Dysentery and liver abscess in Bombay - Number 47
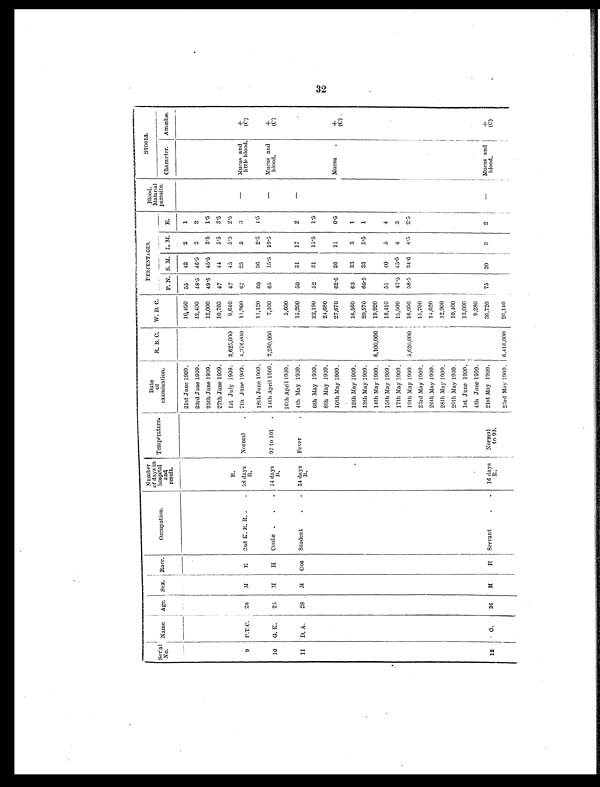
Serial' No . Name. Age. Sex. Race.
Occupation.
Number
of days in
hospital
and
result.
Temperature.
Date
of
examination.
R. B. C. W. B. C.
_
PERCENTAGES.
Blood.
Malarial
parasite.
5100L9.
P. N. S. M.
L. M.
____
E.
Character. Amœbæ
21st June 1909.
10,400 55
42
2
1
23rd June 1909.
12,400 48.5 46.5 3
2
25th June 1909.
12,000 49.5 45.5 3.5 1.5
27th June 1909.
10,760 47
44
5.5 3.5
R.
1st July 1909. 3,625,000
9,640 47
45
5.5 2.5
9 P.T.C. 26
M
E 2nd K. E. B.
58 days Normal
7th June 1909. 4,376,000
11,900 97
25
5
3
—
Mucus and
little blood.
+
(C)
18th June 1009.
11,120
60 36
2.5
1.5
10 G. K.
25
M
H Coolie
11 days
R.
97 to 101
14th April 1909. 3,280,000
7,100 65
15.5 19.5
—
Mucus and
blood.
+
(C)
16th April 1909.
5,600
11 D.A.
28
M Goa Student
34 days
R.
Fever
4th May 1909.
15,200 50
31
17
2
—
6th May 1909.
22,190 52
31
15.5 1.5
8th May 1909.
24,680
10th May 1909.
27,670 62.'5 26
11
0.5
Mucus
+
(C)
12th May 1909.
16,560 63
33
3
1
13th May 1909.
20,570 60.5 33
5.5 1
14th May 1909. 6,100,000 19,920
15th May 1909.
18,410 51
40
5
4
17th May 1909.
15,500 47.5 45.5 4
3
19th May 1909. 5,620,000 16,050 58.5 34.6 4.5
2 . 5
23rd May 1909.
15,700
26th May 1909.
14,620
28th May 1909.
12,900
20th May 1909.
10,400
1st June 1909.
13,000
4th June 1909.
9,280
12
G.
36
M H Servant
14 days
R.
Normal
to 99.
21st May 1909.
36,720 75 20
3
2
—
Mucus and
blood.
+
(C)
23rd May 1909 6,416,000 26,140
CAD